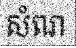
សំណ